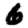
Digit: 6